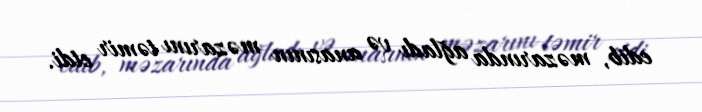
edib, məzarında ağladı və anasının məzarını təmir etdi.